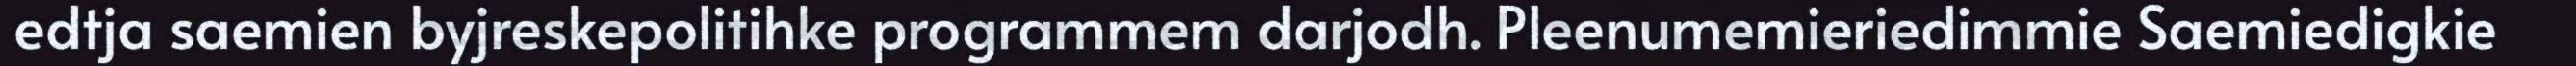
edtja saemien byjreskepolitihke programmem darjodh. Pleenumemieriedimmie Saemiedigkie